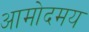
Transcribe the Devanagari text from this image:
आमोदमय